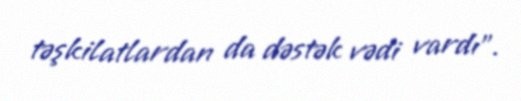
təşkilatlardan da dəstək vədi vardı”.